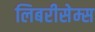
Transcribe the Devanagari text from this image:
लिबरीसेम्स